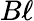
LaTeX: B\ell